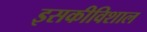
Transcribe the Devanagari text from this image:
इसकीविशाल